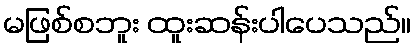
မဖြစ်စဘူး ထူးဆန်းပါပေသည်။